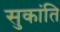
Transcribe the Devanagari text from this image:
सुकांति